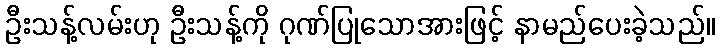
ဦးသန့်လမ်းဟု ဦးသန့်ကို ဂုဏ်ပြုသောအားဖြင့် နာမည်ပေးခဲ့သည်။